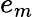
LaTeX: e_{m}